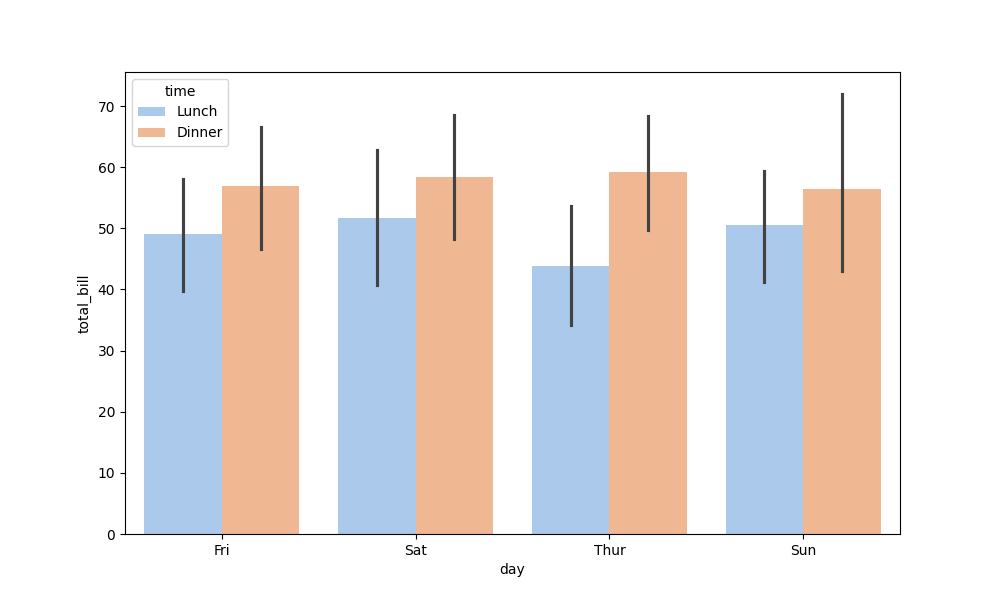
python, seaborn, barplot, hue='time', palette='pastel', ci=95, orient='v'